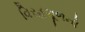
વિરહશૂળનો